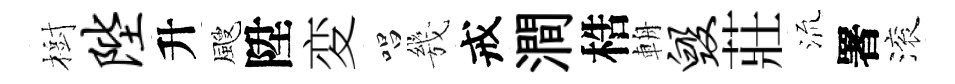
樹陛升颼陞変唱㡬戒澗梏輈毁莊𣴑署滚